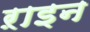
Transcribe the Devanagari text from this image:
ऱाइन